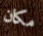
مكان